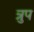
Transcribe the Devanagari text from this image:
त्रुप